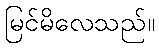
မြင်မိလေသည်။